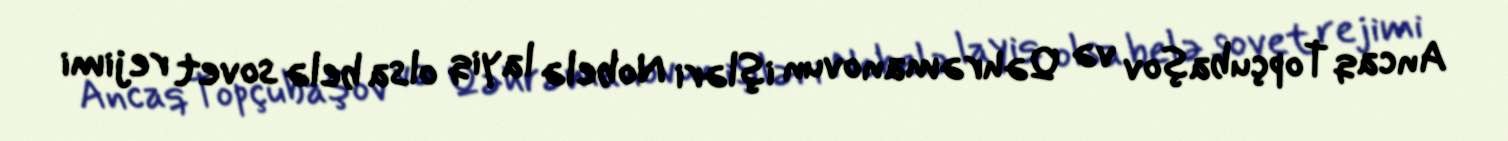
Ancaq Topçubaşov və Qəhrəmanovun işləri Nobelə layiq olsa belə sovet rejimi